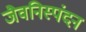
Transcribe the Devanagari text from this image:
जैवनिस्पंदन